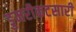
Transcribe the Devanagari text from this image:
डुमरीकटसारी